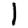
Digit: 1